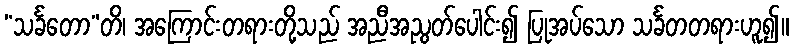
“သင်္ခတော”တိ၊ အကြောင်းတရားတို့သည် အညီအညွတ်ပေါင်း၍ ပြုအပ်သော သင်္ခတတရားဟူ၍။